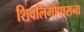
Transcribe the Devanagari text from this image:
शिवलिंगोपासना